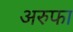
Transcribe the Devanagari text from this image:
अरुफा